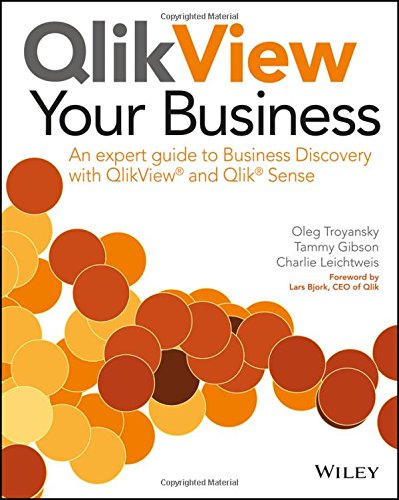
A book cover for QlikView Your Business: An expert guide to Business Discovery with QlikView and Qlik Sense; Oleg Troyansky; Computers & Technology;